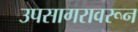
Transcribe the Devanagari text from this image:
उपसागरावरून